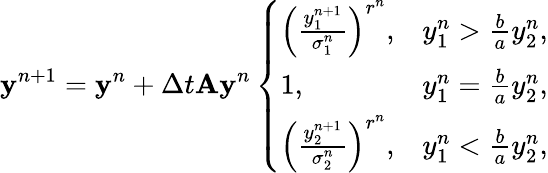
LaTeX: \mathbf y^{n+1}=\mathbf y^{n}+\Delta t\mathbf A\mathbf y^{n}\left\{ \begin{array}{ll}{\left(\frac{y_{1}^{n+1}}{\sigma_{1}^{n}}\right)^{r^{n}},}&{y_{1}^{n}>\frac{b}{a}y_{2}^{n},}\\ {1,}&{y_{1}^{n}=\frac{b}{a}y_{2}^{n},}\\ {\left(\frac{y_{2}^{n+1}}{\sigma_{2}^{n}}\right)^{r^{n}},}&{y_{1}^{n}<\frac{b}{a}y_{2}^{n},}\end{array}\right.